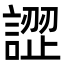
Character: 䜀